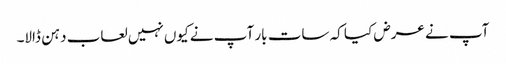
آپ نے عرض کیا کہ سات بار آپ نے کیوں نہیں لعاب دہن ڈالا۔